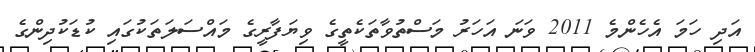
އަދި ހަމަ އެހެންމެ 2011 ވަނަ އަހަރު މަސްތުވާތަކެތީގެ ވިޔަފާރީގެ މައްސަލަތަކުގައި ކުޑަކުދިންގެ